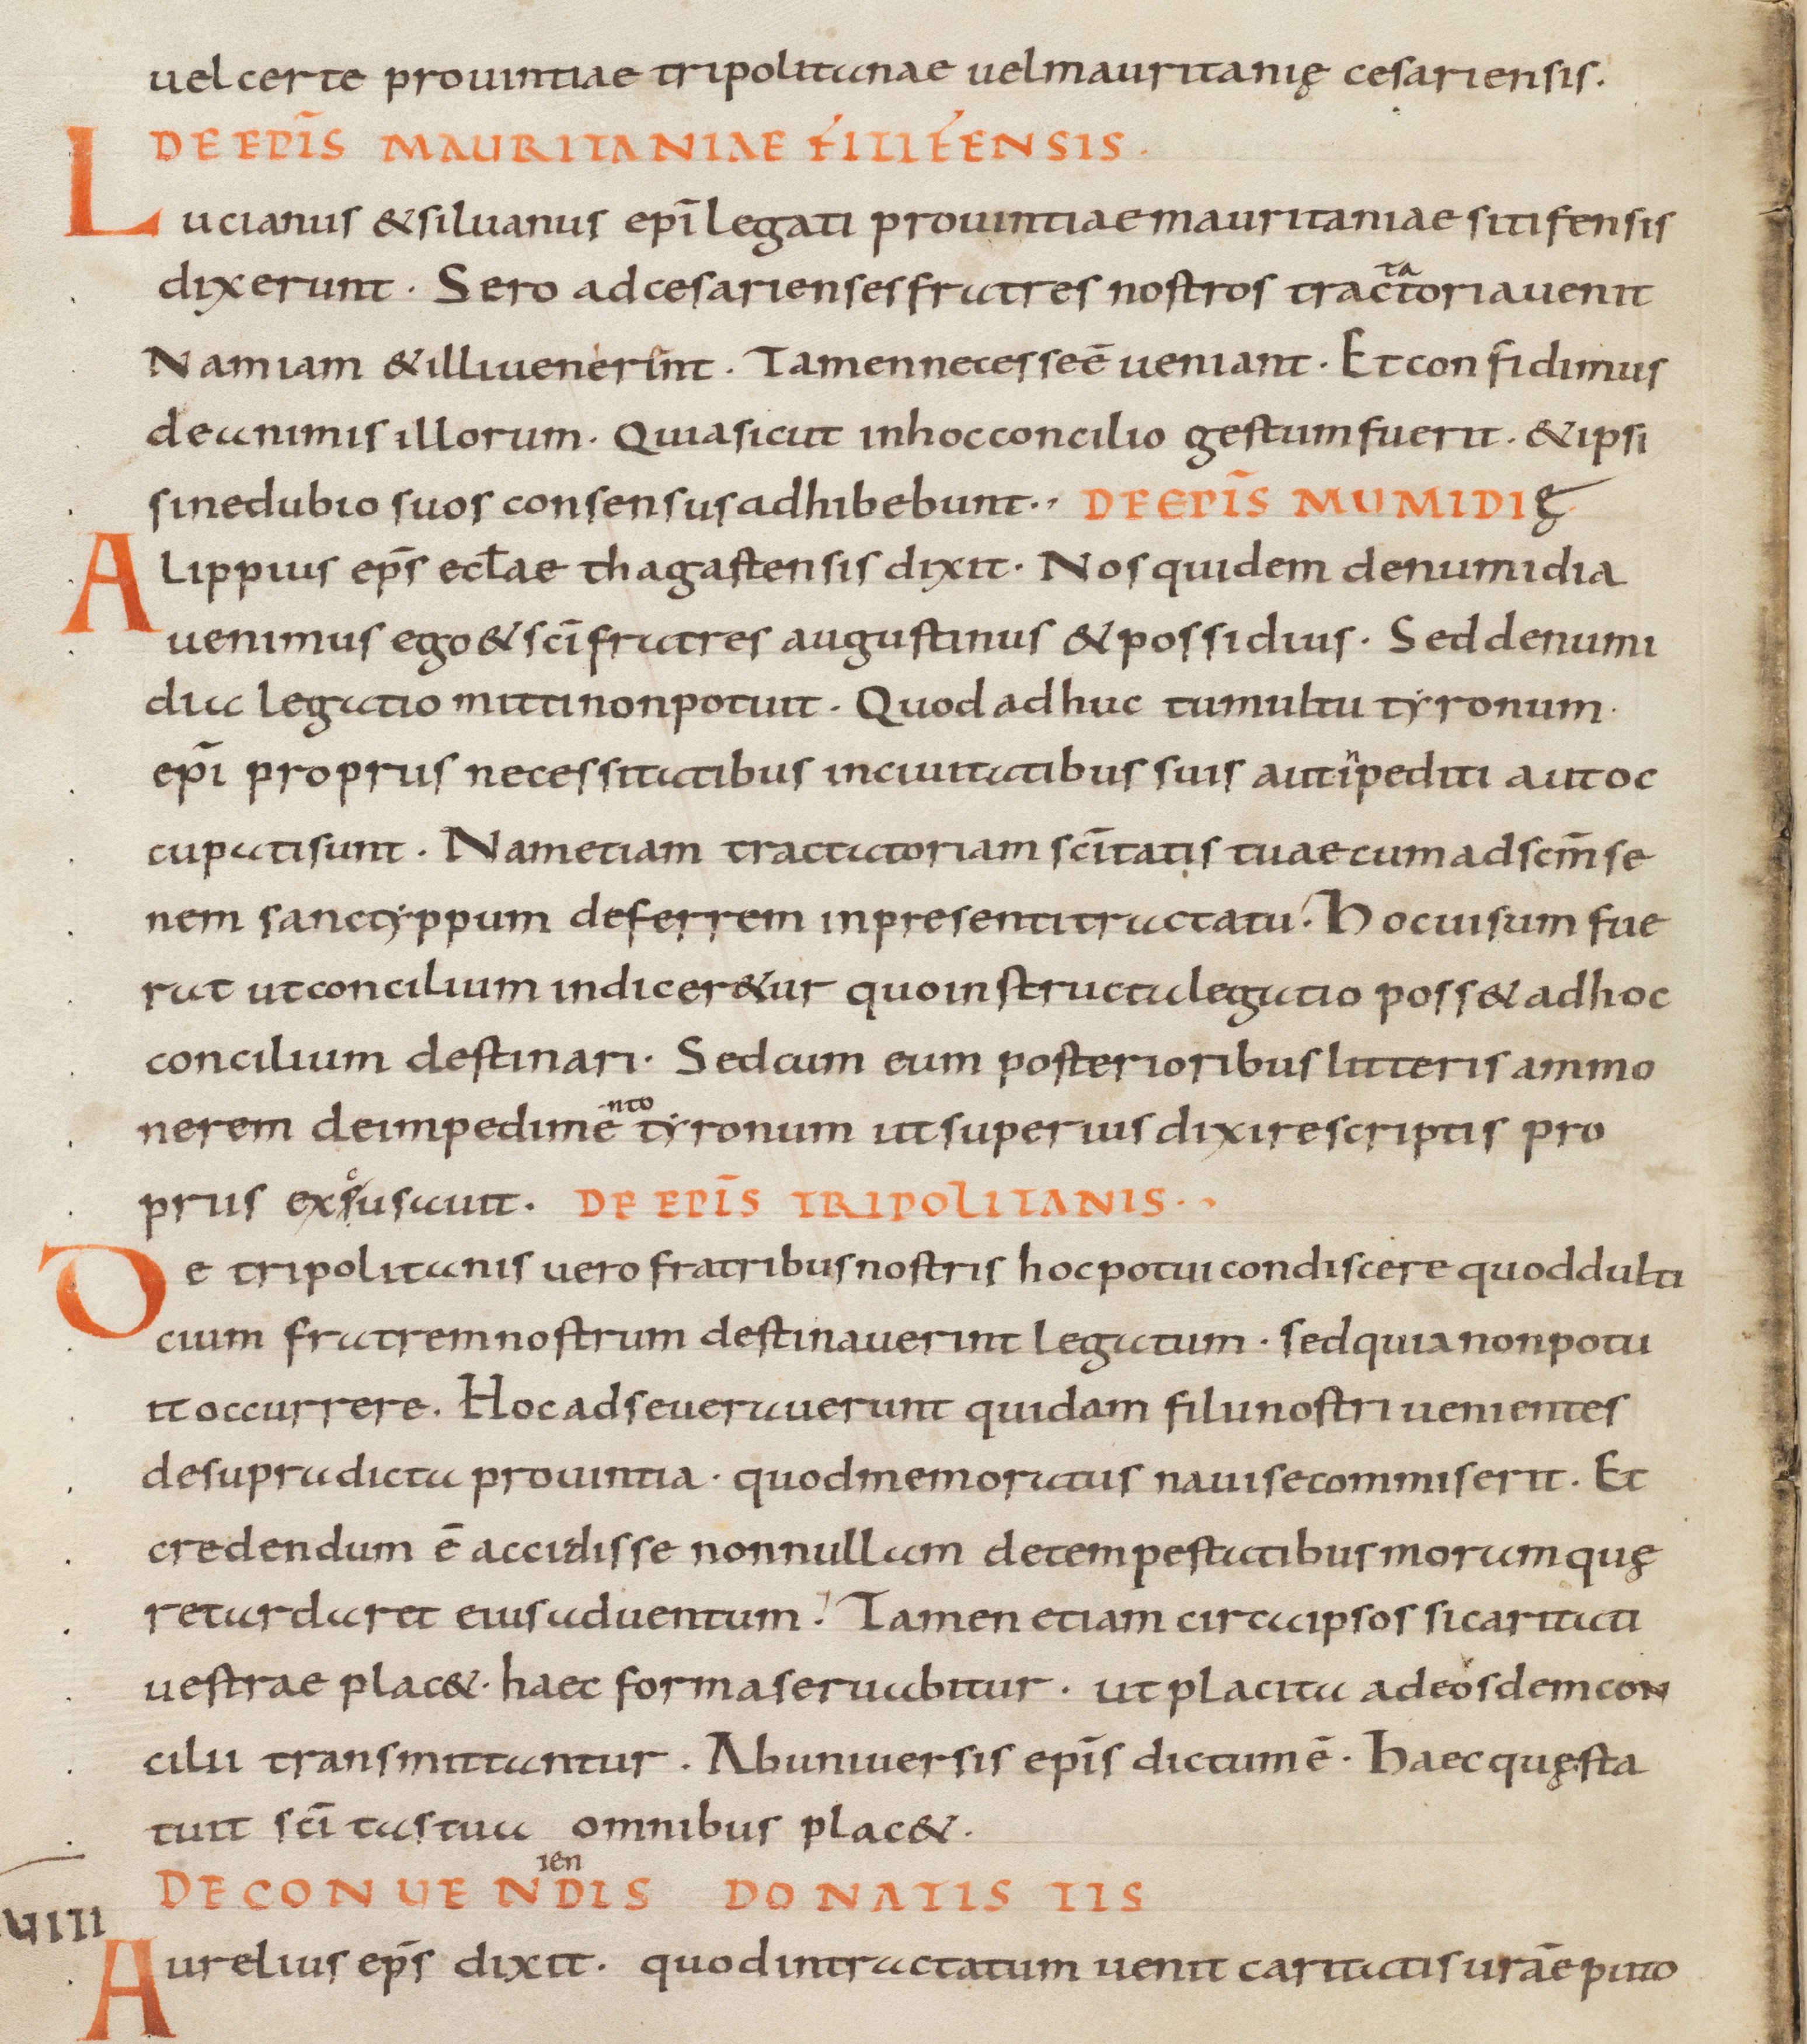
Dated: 805–865